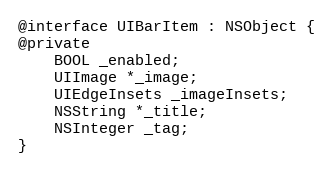
Language: C
@interface UIBarItem : NSObject {
@private
    BOOL _enabled;
    UIImage *_image;
    UIEdgeInsets _imageInsets;
    NSString *_title;
    NSInteger _tag;
}